画像に写った文字を読んでください
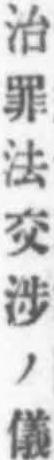
「治罪法交涉ノ儀」と書いてあります